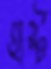
হার্স্ট